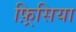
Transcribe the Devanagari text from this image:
फ़्रिसिया